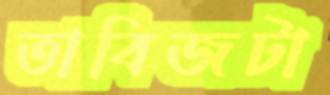
তাবিজটা